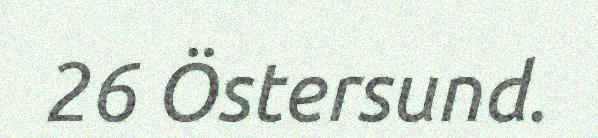
26 Östersund.